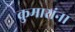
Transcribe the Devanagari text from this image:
कुमारांना